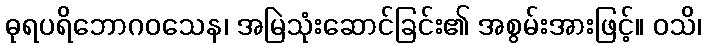
ဓုရပရိဘောဂဝသေန၊ အမြဲသုံးဆောင်ခြင်း၏ အစွမ်းအားဖြင့်။ ဝသိ၊